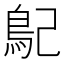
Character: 𩾩